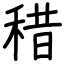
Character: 稓